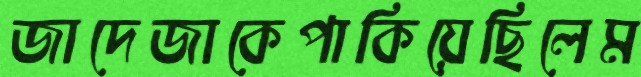
জাদেজাকেপাকিয়েছিলেম